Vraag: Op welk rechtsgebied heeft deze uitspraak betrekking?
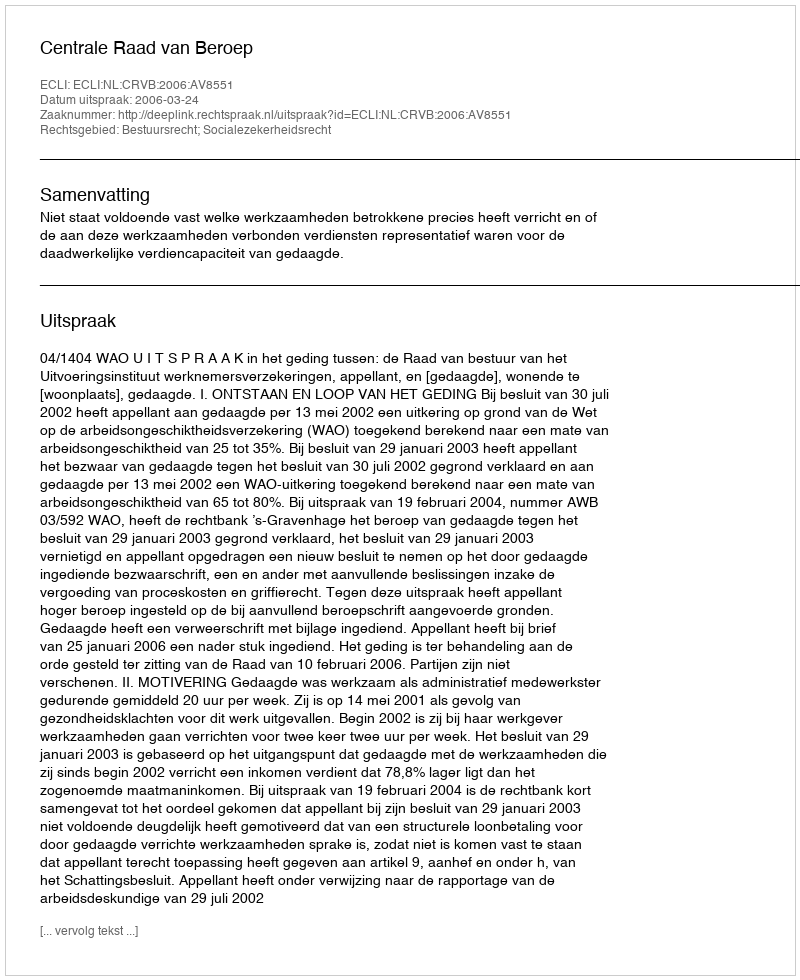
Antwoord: Bestuursrecht; Socialezekerheidsrecht